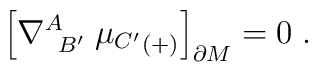
\Bigr[\nabla_{\; \; B'}^{A} \; {\mu_{C'}}_{(+)}\Bigr]_{\partial M}=0 \; .